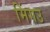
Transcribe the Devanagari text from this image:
मिंगउ